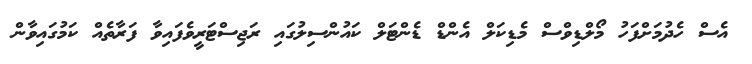
އެސް ހެދުމަށްފަހު މޯލްޑިވްސް މެޑިކަލް އެންޑް ޑެންޓަލް ކައުންސިލުގައި ރަޖިސްޓަރީވެފައިވާ ފަރާތެއް ކަމުގައިވާން